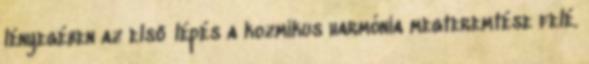
lényegében az első lépés a kozmikus harmónia megteremtése felé.